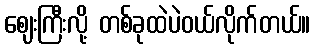
ဈေးကြီးလို့ တစ်ခုထဲပဲဝယ်လိုက်တယ်။